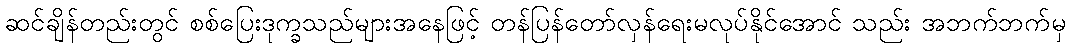
ဆင်ချိန်တည်းတွင် စစ်ပြေးဒုက္ခသည်များအနေဖြင့် တန်ပြန်တော်လှန်ရေးမလုပ်နိုင်အောင် သည်း အဘက်ဘက်မှ